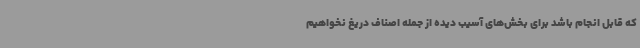
که قابل انجام باشد برای بخش‌های آسیب دیده از جمله اصناف دریغ نخواهیم